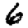
Digit: 6